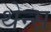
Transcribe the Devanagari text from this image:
थेन्स